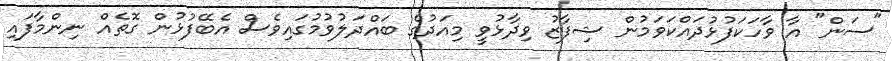
"ސަން" އާ ވާހަކަފުޅުދައްކަވަމުން ޝިފާޒު ވިދާޅުވީ މިއަދުގެ ބައްދަލުވުމުގައިވެސް އެބޭފުޅުން ގޮތެއް ނިންމާފައި